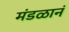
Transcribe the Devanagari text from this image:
मंडळानं